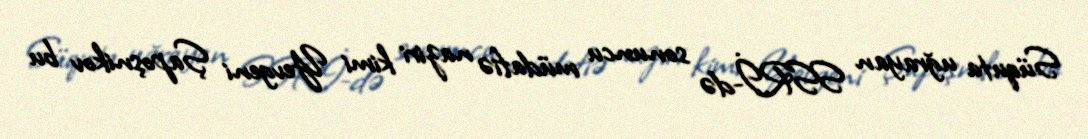
Süquta uğrayan SSRİ-də sonuncu müdafiə naziri kimi Yevgeni Şapoşnikov bu